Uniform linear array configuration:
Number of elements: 48
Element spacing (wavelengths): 1
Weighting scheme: hann
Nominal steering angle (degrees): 60
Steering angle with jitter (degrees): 58.216
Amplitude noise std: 0.05
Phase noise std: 0.05

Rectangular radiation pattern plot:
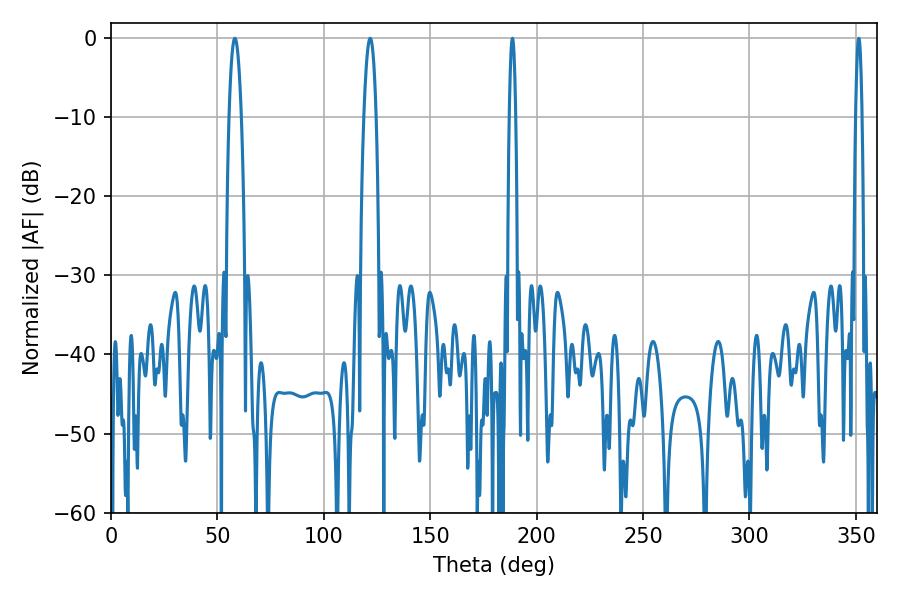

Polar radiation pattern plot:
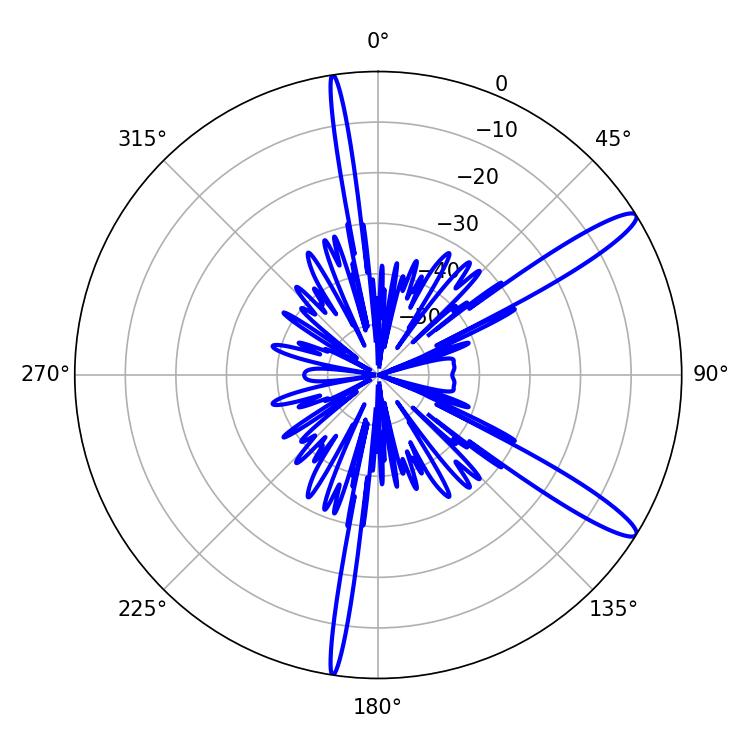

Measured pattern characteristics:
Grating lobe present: TRUE
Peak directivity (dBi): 13.309
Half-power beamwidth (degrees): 1.44
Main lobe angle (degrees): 351.36